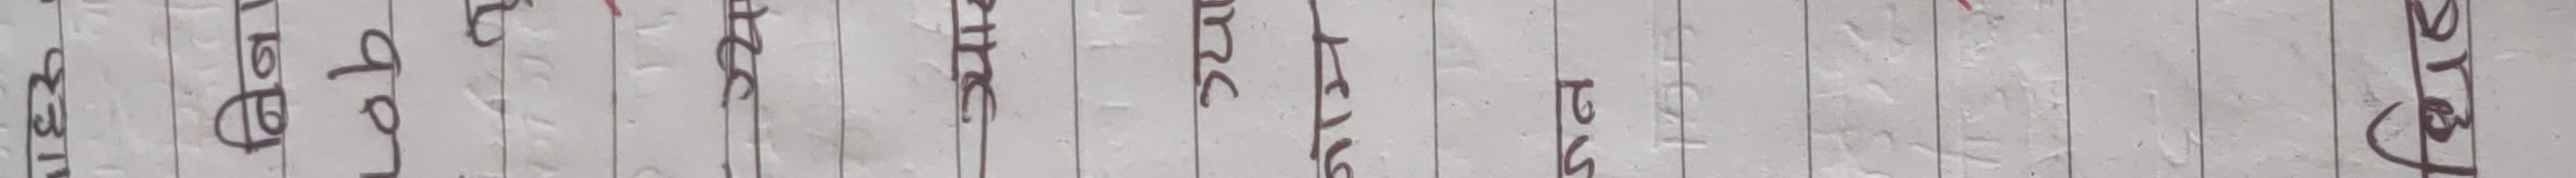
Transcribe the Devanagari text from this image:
गुरूवार बुधवार मंगलवार सोमवार रविवार शनिवार शुक्रवार